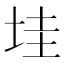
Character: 𡋣